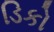
ડિકો